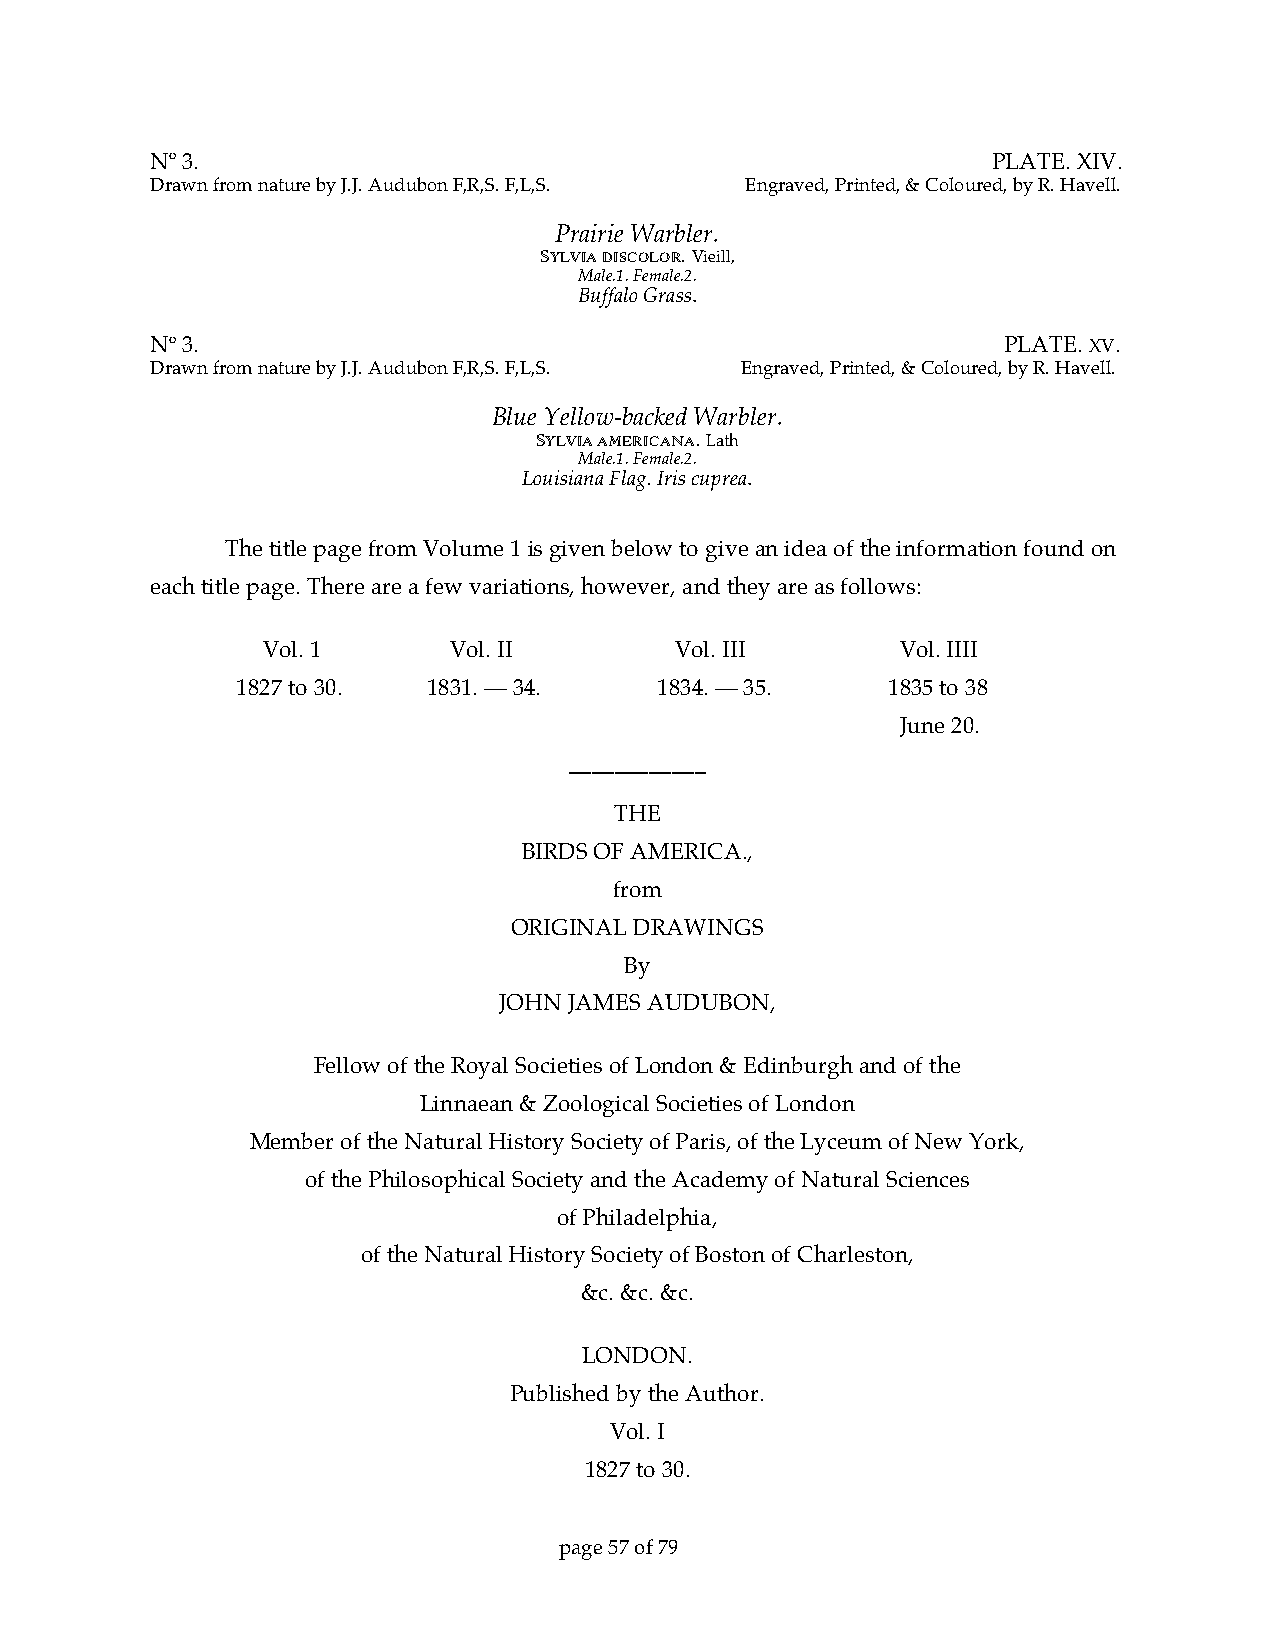
No 3.                                                   PLATE. XIV.
 Drawn from nature by J.J. Audubon F,R,S. F,L,S. Engraved, Printed, & Coloured, by R. Havell.
 Prairie Warbler.
 SYLVIA DISCOLOR. Vieill,
 Male.1. Female.2.
 Buffalo Grass.
 No 3.                                                   PLATE. XV.
 Drawn from nature by J.J. Audubon F,R,S. F,L,S. Engraved, Printed, & Coloured, by R. Havell.
 Blue Yellow-backed Warbler.
 SYLVIA AMERICANA. Lath
 Male.1. Female.2.
 Louisiana Flag. Iris cuprea.
 The title page from Volume 1 is given below to give an idea of the information found on
 each title page. There are a few variations, however, and they are as follows:
 Vol. 1       Vol. II        Vol. III       Vol. IIII
 1827 to 30. 1831. — 34.     1834. — 35.    1835 to 38
 June 20.
 ____________
 THE
 BIRDS OF AMERICA.,
 from
 ORIGINAL DRAWINGS
 By
 JOHN JAMES AUDUBON,
 Fellow of the Royal Societies of London & Edinburgh and of the
 Linnaean & Zoological Societies of London
 Member of the Natural History Society of Paris, of the Lyceum of New York,
 of the Philosophical Society and the Academy of Natural Sciences
 of Philadelphia,
 of the Natural History Society of Boston of Charleston,
 &c. &c. &c.
 LONDON.
 Published by the Author.
 Vol. I
 1827 to 30.
 page 57 of 79